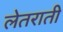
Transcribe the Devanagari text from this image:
लेतराती